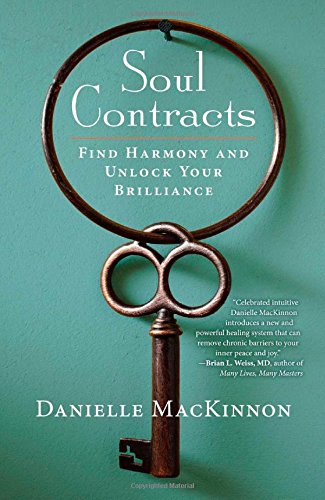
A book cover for Soul Contracts: Find Harmony and Unlock Your Brilliance; Danielle MacKinnon; Religion & Spirituality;